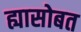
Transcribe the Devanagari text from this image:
ह्यासोबत